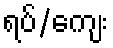
ရပ်/ကျေး